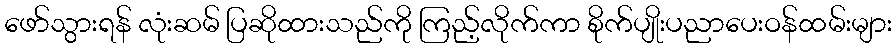
ဖော်သွားရန် လုံးဆမ် ပြဆိုထားသည်ကို ကြည့်လိုက်ကာ စိုက်ပျိုးပညာပေးဝန်ထမ်းများ